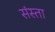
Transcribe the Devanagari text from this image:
संस्ता